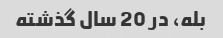
بله، در 20 سال گذشته